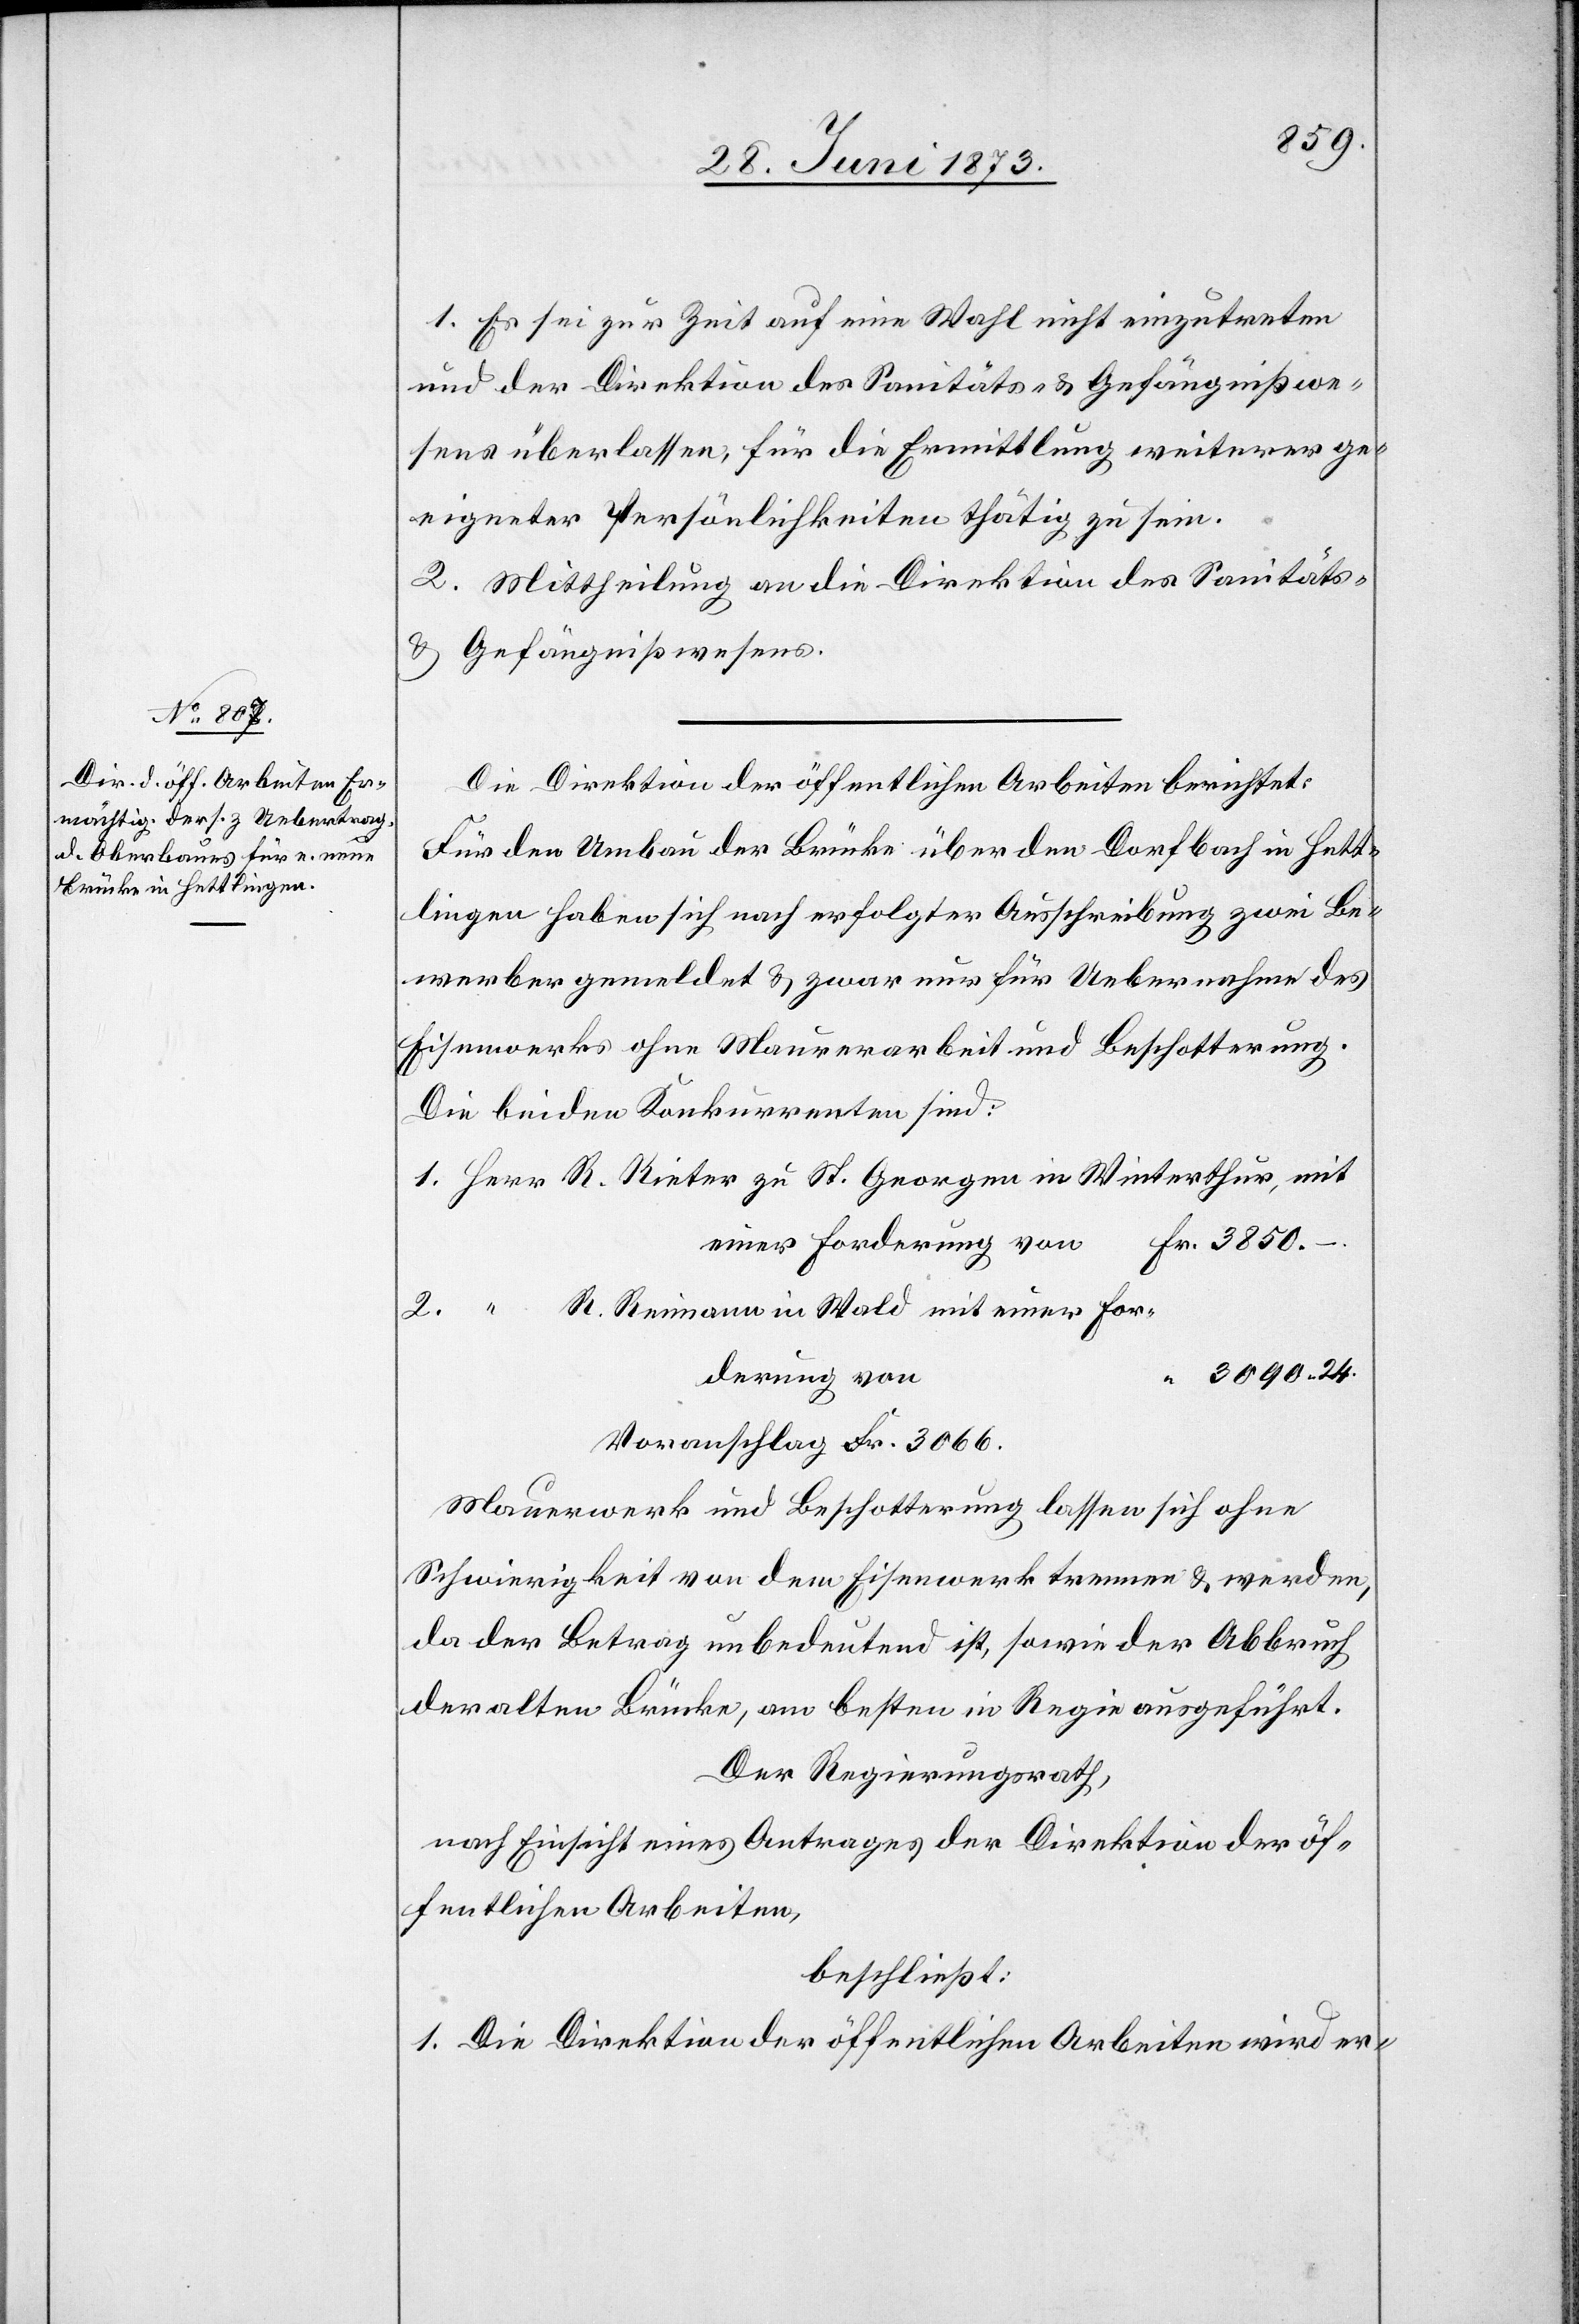
derung

1. Es sei zur Zeit auf eine Wahl nicht einzutreten
und der Direktion des Sanitäts- & Gefängnißwe¬
sens überlassen, für die Ermittlung weiterer ge¬
eigneter Persönlichkeiten thätig zu sein.
2. Mittheilung an die Direktion des Sanitäts-
& Gefängnißwesens.
Die Direktion der öffentlichen Arbeiten berichtet:
Für den Umbau der Brücke über den Dorfbach in Hett¬
lingen haben sich nach erfolgter Ausschreibung zwei Be¬
werber gemeldet & zwar nur für Uebernahme des
Eisenwerks ohne Maurerarbeit und Beschotterung.
Die beiden Konkurrenten sind:
1. Herr R. Rieter zu St. Georgen in Winterthur, mit
einer Forderung von	Fr. 3 850 –.
2. “ R. Reimann in Wald mit einer For¬
3 090 24.
Voranschlag Fr. 3 066.
Mauerwerk und Beschotterung lassen sich ohne
Schwierigkeit von dem Eisenwerk trennen & werden,
da der Betrag unbedeutend ist, sowie der Abbruch
der alten Brücke, am besten in Regie ausgeführt.
Der Regierungsrath,
nach Einsicht eines Antrages der Direktion der öf¬
fentlichen Arbeiten,
beschließt:
1. Die Direktion der öffentlichen Arbeiten wird er-